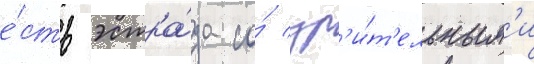
е́сть эстра́да со́ зр'и́т'ельным'и